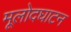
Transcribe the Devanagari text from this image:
मूलोदघाटन